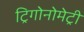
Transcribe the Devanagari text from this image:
ट्रिगोनोमेट्री